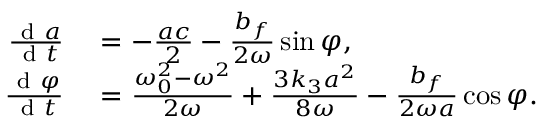
\begin{array} { r l } { \frac { \mathrm { ~ d ~ } a } { \mathrm { ~ d ~ } t } } & { { } = - \frac { a c } { 2 } - \frac { b _ { f } } { 2 \omega } \sin \varphi , } \\ { \frac { \mathrm { ~ d ~ } \varphi } { \mathrm { ~ d ~ } t } } & { { } = \frac { \omega _ { 0 } ^ { 2 } - \omega ^ { 2 } } { 2 \omega } + \frac { 3 k _ { 3 } a ^ { 2 } } { 8 \omega } - \frac { b _ { f } } { 2 \omega a } \cos \varphi . } \end{array}